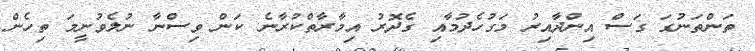
ތަންތަނުގަ ގަސް އިންދާއިރު މަގުހެދުމާއި ގެދޮރު އިމާރާތްކުރާނެ ކަން ވިސްނާ ނުލެވުނީމަ ތިހެން